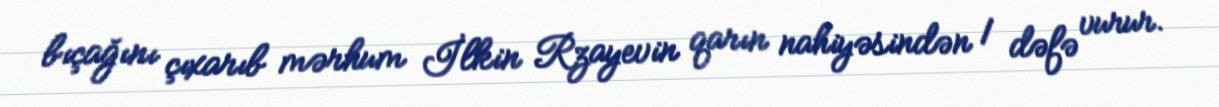
bıçağını çıxarıb mərhum İlkin Rzayevin qarın nahiyəsindən 1 dəfə vurur.